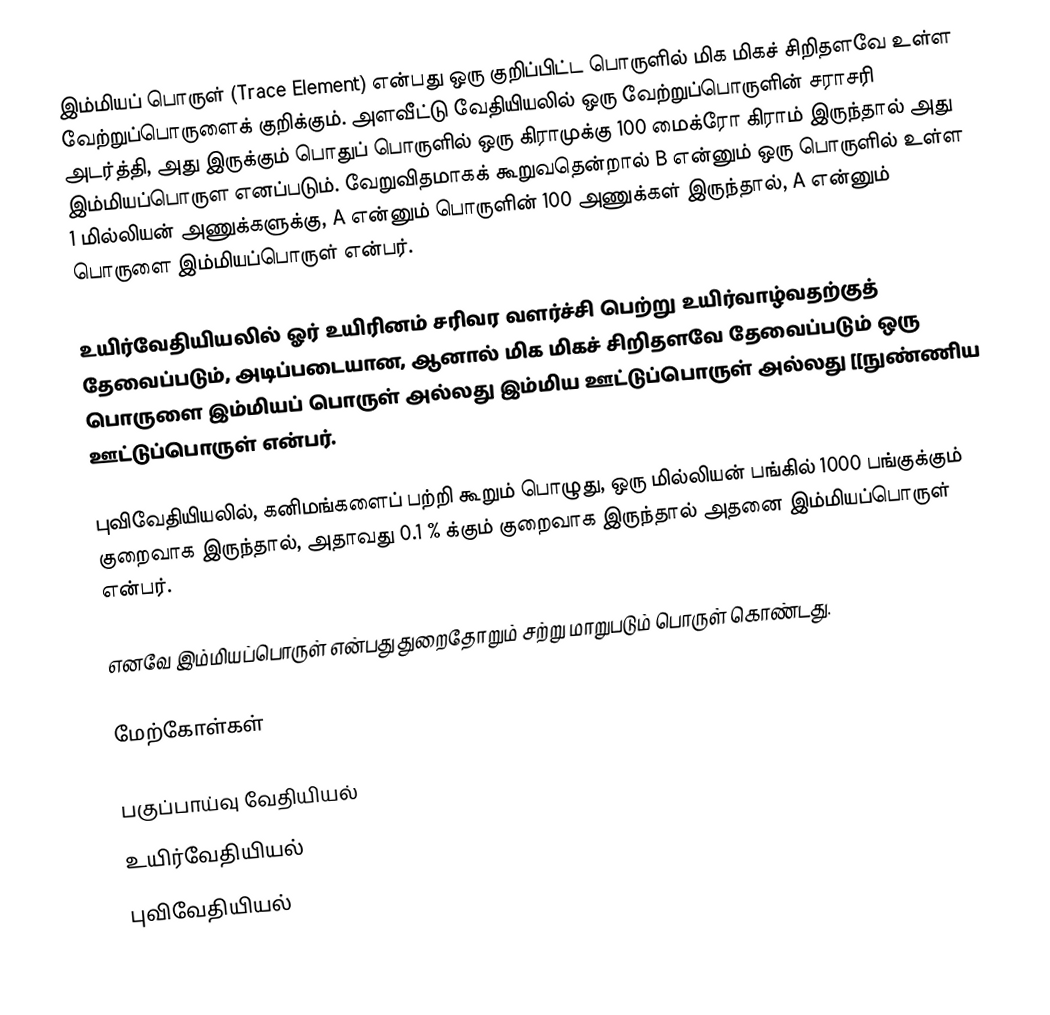
இம்மியப் பொருள் (Trace Element) என்பது ஒரு குறிப்பிட்ட பொருளில் மிக மிகச் சிறிதளவே உள்ள வேற்றுப்பொருளைக் குறிக்கும். அளவீட்டு வேதியியலில் ஒரு வேற்றுப்பொருளின் சராசரி அடர்த்தி, அது இருக்கும் பொதுப் பொருளில் ஒரு கிராமுக்கு 100 மைக்ரோ கிராம் இருந்தால் அது இம்மியப்பொருள எனப்படும். வேறுவிதமாகக் கூறுவதென்றால் B என்னும் ஒரு பொருளில் உள்ள 1 மில்லியன் அணுக்களுக்கு, A என்னும் பொருளின் 100 அணுக்கள் இருந்தால், A  என்னும் பொருளை இம்மியப்பொருள் என்பர்.

உயிர்வேதியியலில் ஓர் உயிரினம் சரிவர வளர்ச்சி பெற்று உயிர்வாழ்வதற்குத் தேவைப்படும், அடிப்படையான, ஆனால் மிக மிகச் சிறிதளவே தேவைப்படும் ஒரு பொருளை இம்மியப் பொருள் அல்லது இம்மிய ஊட்டுப்பொருள் அல்லது [[நுண்ணிய ஊட்டுப்பொருள் என்பர்.

புவிவேதியியலில், கனிமங்களைப் பற்றி கூறும் பொழுது, ஒரு மில்லியன் பங்கில் 1000 பங்குக்கும் குறைவாக இருந்தால், அதாவது 0.1 % க்கும் குறைவாக இருந்தால் அதனை இம்மியப்பொருள் என்பர்.

எனவே இம்மியப்பொருள் என்பது துறைதோறும் சற்று மாறுபடும் பொருள் கொண்டது.

மேற்கோள்கள்

பகுப்பாய்வு வேதியியல்
உயிர்வேதியியல்
புவிவேதியியல்